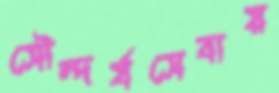
সৌন্দর্যসেবায়